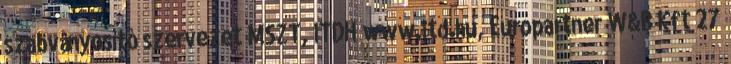
szabványosító szervezet MSZT, ITDH www.itd.hu, Europartner W&B Kft 27